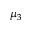
\mu _ { 3 }